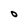
Character: O